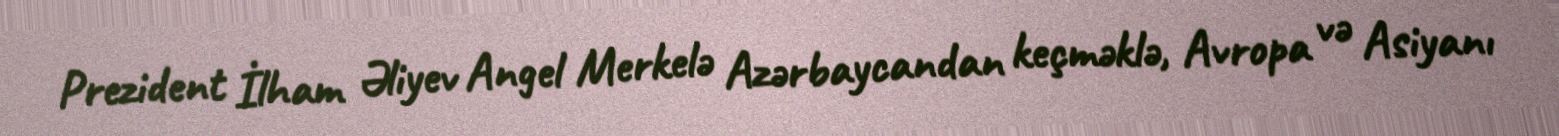
Prezident İlham Əliyev Angel Merkelə Azərbaycandan keçməklə, Avropa və Asiyanı